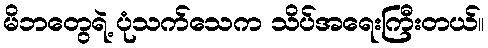
မိဘတွေရဲ့ ပုံသက်သေက သိပ်အရေးကြီးတယ်။